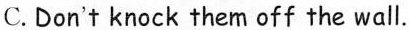
C. Don't knock them off the wall.